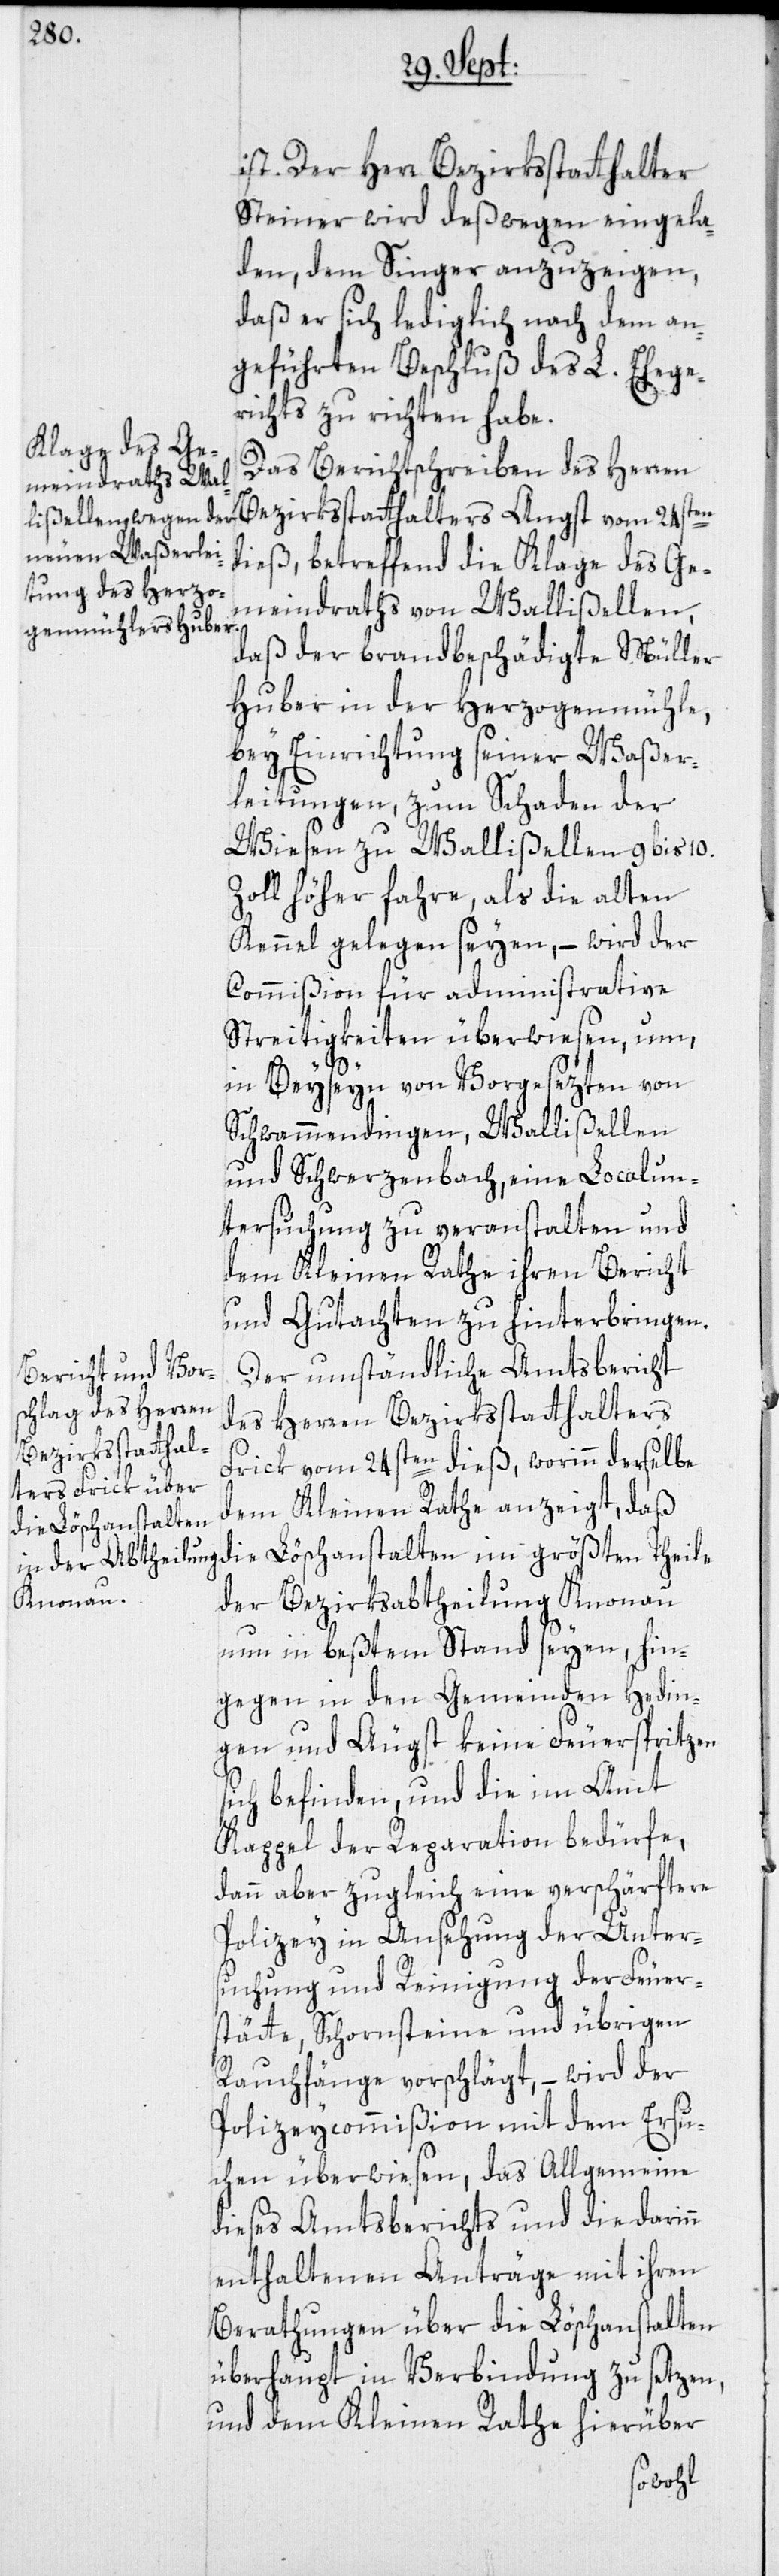
ist. Der Herr Bezirksstatthalter
Steiner wird deßwegen eingela¬
den, dem Singer anzuzeigen,
daß er sich lediglich nach dem an¬
geführten Beschluß des L. Ehege¬
richts zu richten habe.
Das Berichtschreiben des Herren
Bezirksstatthalters Angst vom 24sten
dieß, betreffend die Klage des Ge¬
meindraths von Wallißellen,
daß der brandbeschädigte Müller
Huber in der Herzogenmühle,
bey Einrichtung seiner Waßer¬
leitungen, zum Schaden der
Wiesen zu Wallißellen 9 bis 10.
Zoll höher fahre, als die alten
Kennel gelegen seyen, – wird der
Commißion für administrative
Streitigkeiten überwiesen, um,
n
in Beyseyn von Vorgesezten von
Schwammendingen, Wallißellen
und Schwerzenbach, eine Localun¬
tersuchung zu veranstalten und
dem Kleinen Rathe ihren Bericht
und Gutachten zu hinterbringen.
Der umständliche Amtsbericht
des Herren Bezirksstatthalters
Frick vom 24sten dieß, worinn derselbe
dem Kleinen Rathe anzeigt, daß
die Löschanstalten
der Bezirksabtheilung Knonau
nun in beßtem Stand seyen, hin¬
gegen in den Gemeinden Hedin¬
gen und Äugst keine Feuerspritzen
sich befinden, und die im Amt
Kappel der Reparation bedürfe,
dann aber zugleich eine verschärftere
Polizey in Ansehung der Unter¬
suchung und Reinigung der Feuer¬
stätte, Schornsteine und übrigen
Rauchfänge vorschlägt, – wird der
Polizeycommißion mit dem Ersu¬
chen überwiesen, das Allgemeine
dieses Amtsberichts und die darin¬
enthaltenen Anträge mit ihren
Berathungen über die Löschanstalten
überhaupt in Verbindung zu setzen,
und dem Kleinen Rathe hierüber